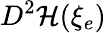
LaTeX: D^{2}{\mathcal{H}}(\xi_{e})